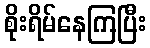
စိုးရိမ်နေကြပြီး